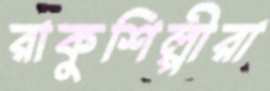
রাকুশিল্পীরা